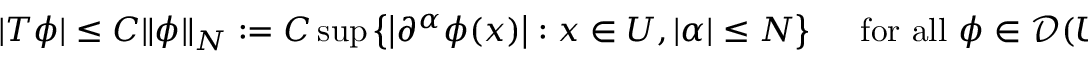
\qquad | T \phi | \leq C \| \phi \| _ { N } : = C \operatorname* { s u p } \left\{ \left| \partial ^ { \alpha } \phi ( x ) \right| : x \in U , | \alpha | \leq N \right\} \quad { \mathrm { ~ f o r ~ a l l ~ } } \phi \in { \mathcal { D } } ( U ) .